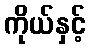
ကိုယ်နှင့်